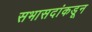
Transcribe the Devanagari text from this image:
सभासदांकडून